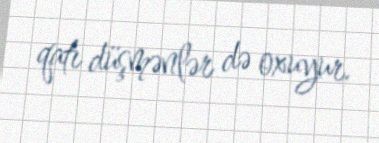
qatı düşmənlər də oxuyur.